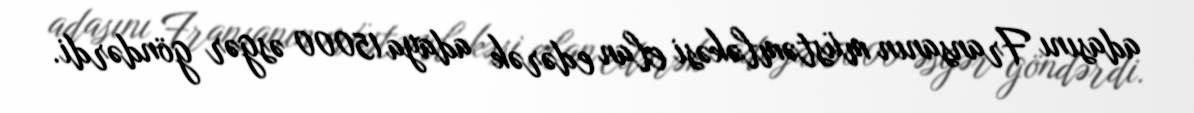
adasını Fransanın müstəmləkəsi elan edərək adaya 15000 əsgər göndərdi.